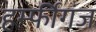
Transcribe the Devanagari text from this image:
हर्म्फीगंज